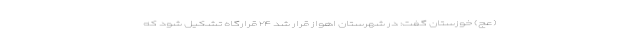
(عج) خوزستان گفت: در شهرستان اهواز قرار شد ۲۴ قرارگاه تشکیل شود که